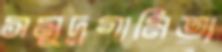
সমুদ্রগামিতা